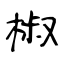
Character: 椒